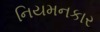
નિયમનકાર